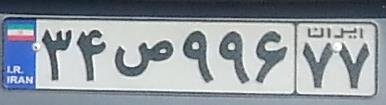
۳۴ص۹۹۶۷۷